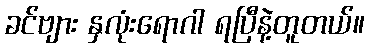
ခင်ဗျား နှလုံးရောဂါ ရပြီနဲ့တူတယ်။